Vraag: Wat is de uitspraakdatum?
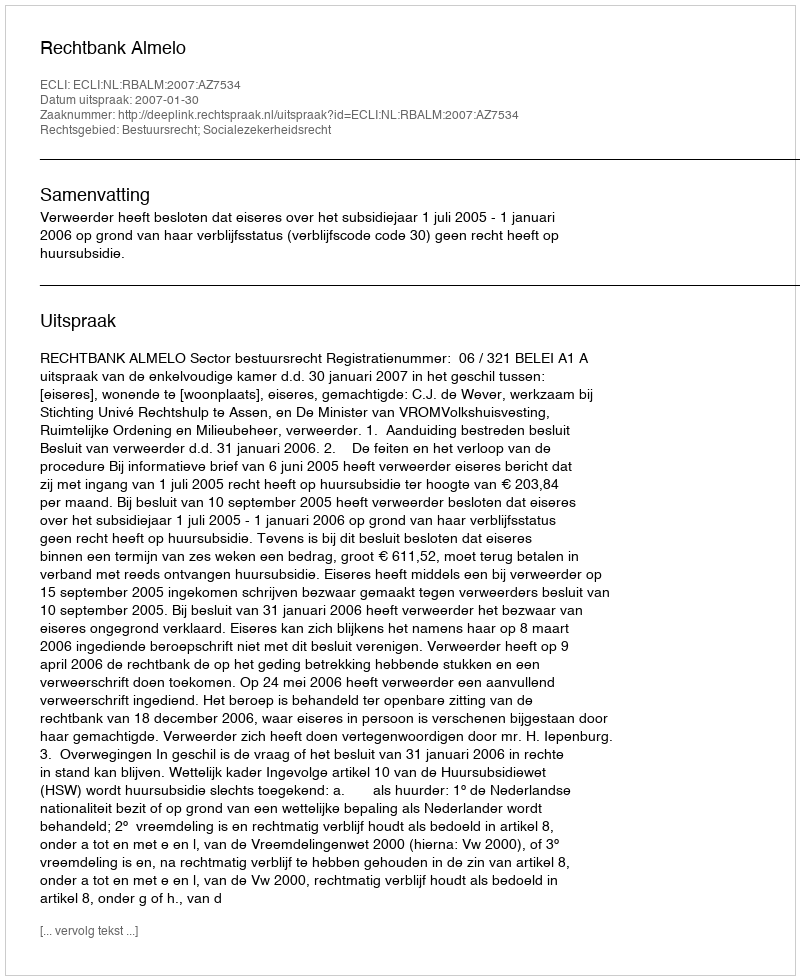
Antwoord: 2007-01-30